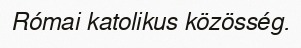
Római katolikus közösség.